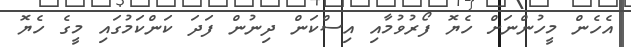
އެހެން މީހުންނަށް ހެޔޮ ފޯރުވުމާއި އިސްކަން ދިނުން ފަދަ ކަންކަމުގައި މީގެ ހެޔޮ